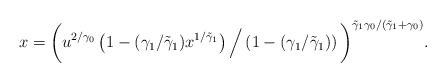
LaTeX: \begin{align*}x= \bigg ( u^{2/\gamma_0}\left(1-(\gamma_1 / \tilde{\gamma}_1)x^{1/\tilde{\gamma}_1} \right)\Big / \left(1- (\gamma_1 / \tilde{\gamma}_1)\right)\bigg )^{\tilde{\gamma}_1\gamma_0/(\tilde{\gamma}_1+\gamma_0)}.\end{align*}